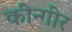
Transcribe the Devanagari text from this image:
कीन्गीर